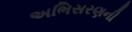
અભિસરણની